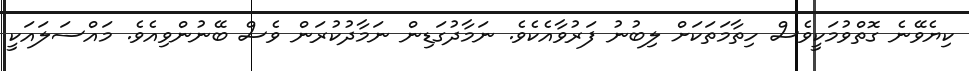
ކިޔެވޭނެ ގޮތްވުމަކީވެސް ހިތާމަތަކަށް ލިބުނު ފަރުވާއެކެވެ. ނަމާދުގަޑިން ނަމާދުކުރަން ވެސް ބޭނުންވިއެވެ. މައްސަލައަކީ